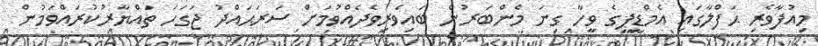
މިއުފާވެރި ޙަފްލާގައި އެމްޑީޕީގެ ވީހާ ގިނަ މެންބަރުން ބައިވެރިވެދެއްވުމަށް ސަރަޙައްދު ޖަގަހަ ތައްޔާރުކުރައްވަމުން